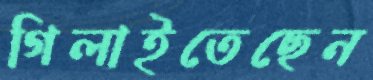
গিলাইতেছেন